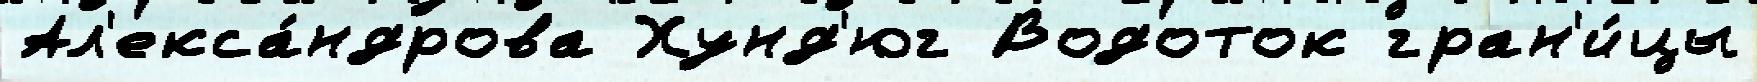
Ал'екса́ндрова Хунд'юг Водоток гран'и́цы